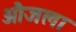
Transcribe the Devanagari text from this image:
औजला